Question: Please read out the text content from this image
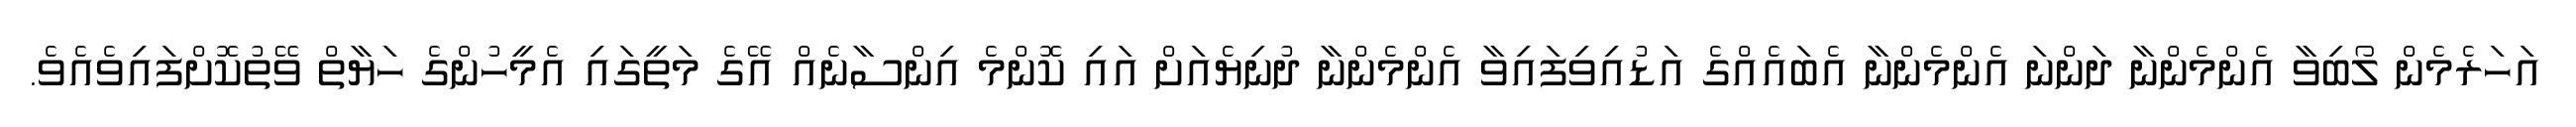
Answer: އަހަރެމެން ލޯބިވާ އެންމެންނާ ދަންނަ އެންމެންނާ އެބައެއްގެ އަޑުއިވިފައިވާ އެންމެންނާ ދުނިޔެއަށް އައި ކޮންމެ އިންސާނެއް އޭގެ މަތީގައި އެމީހުންގެ ހަޔާތް ވޭތުކޮށްފައިވެއެވެ.